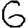
Digit: 6